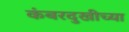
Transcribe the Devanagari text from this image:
कंबरदुखीच्या